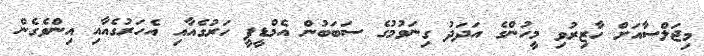
މިޖަލްސާއަށް ހާޒިރުވި މީހުންގެ އަދަދު ގިނަވުމުގެ ސަބަބުން އެމްޑީޕީ ހަރުގެއާއި އެހަރުގެއާއި އިންވެގެން